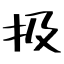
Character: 扱